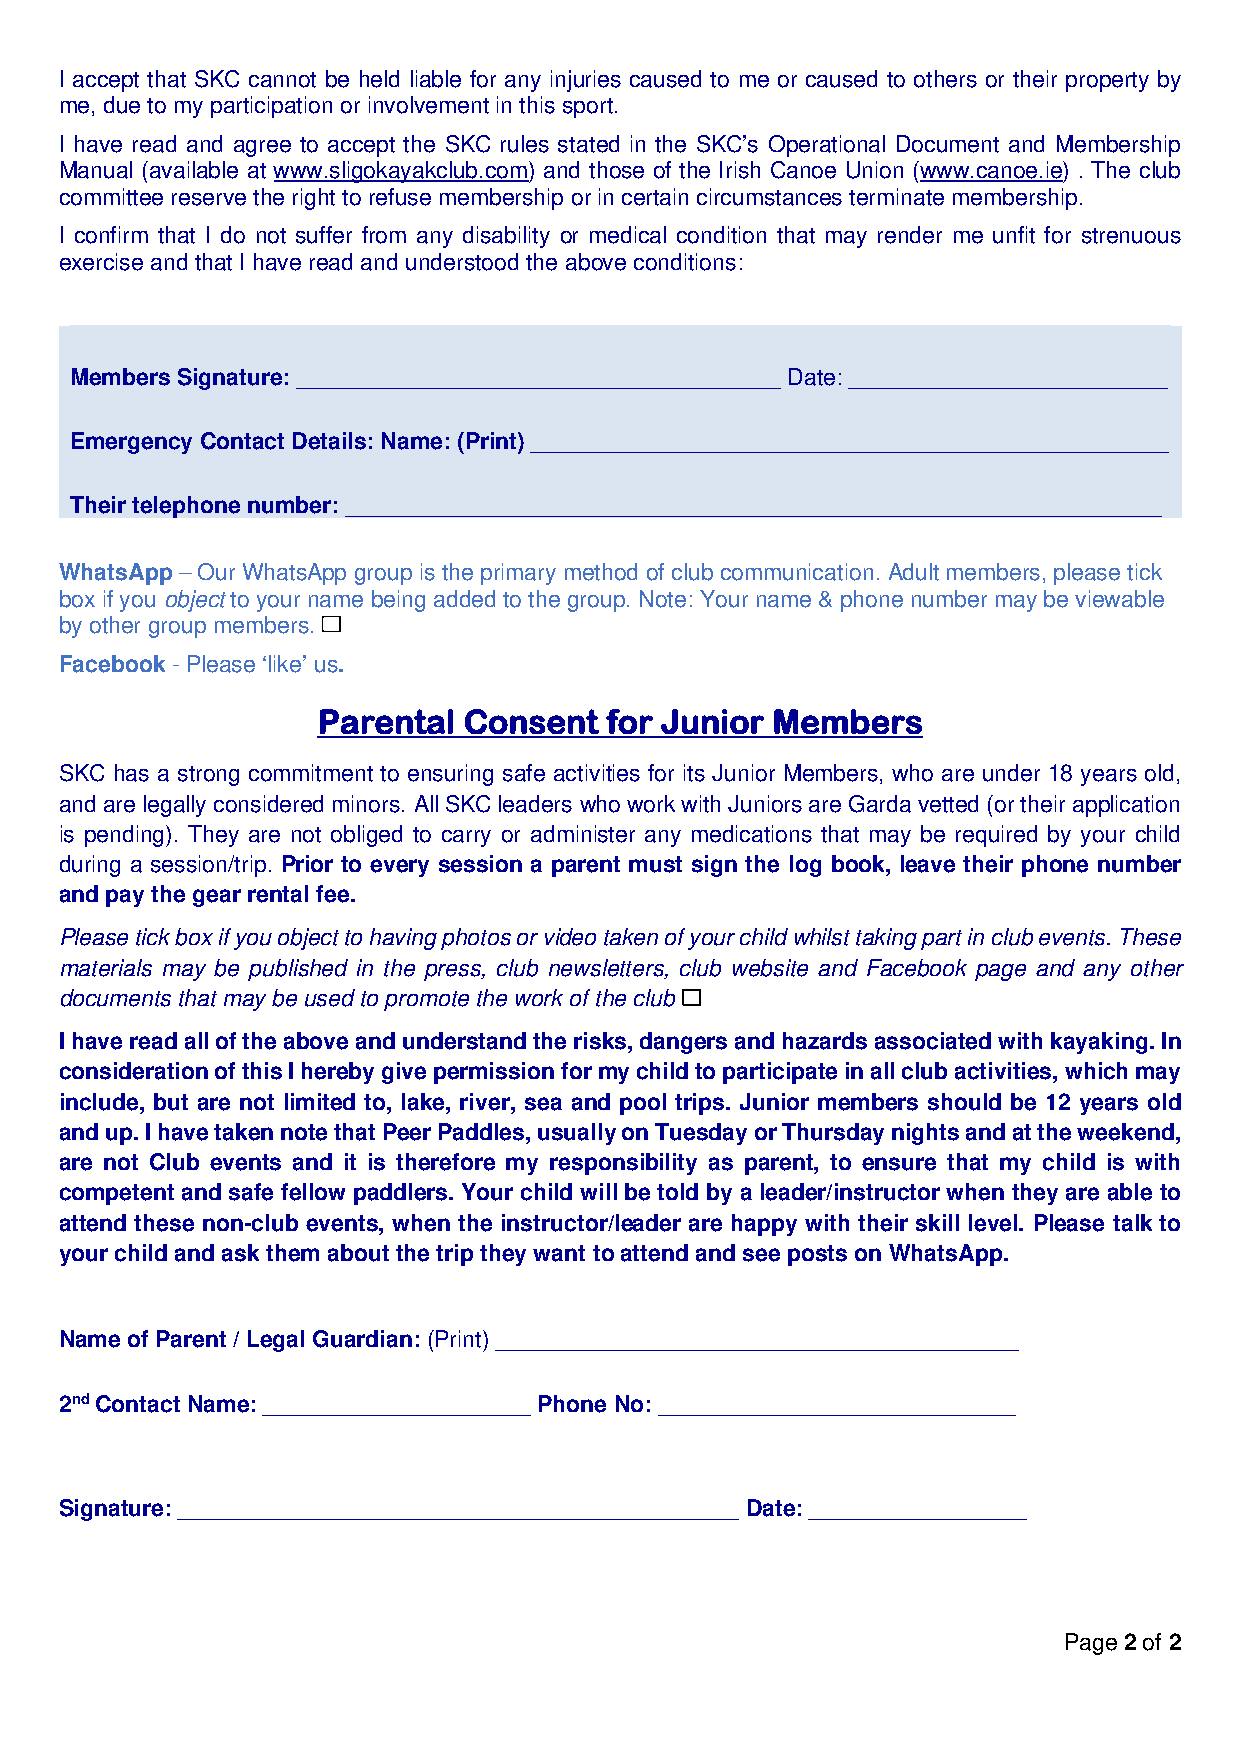
I accept that SKC cannot be held liable for any injuries caused to me or caused to others or their property by
 me, due to my participation or involvement in this sport.
 I have read and agree to accept the SKC rules stated in the SKC’s Operational Document and Membership
 Manual (available at www.sligokayakclub.com) and those of the Irish Canoe Union (www.canoe.ie) . The club
 committee reserve the right to refuse membership or in certain circumstances terminate membership.
 I confirm that I do not suffer from any disability or medical condition that may render me unfit for strenuous
 exercise and that I have read and understood the above conditions:
 Members Signature: ______________________________________ Date: _________________________
 Emergency Contact Details: Name: (Print) __________________________________________________
 Their telephone number: ________________________________________________________________
 WhatsApp – Our WhatsApp group is the primary method of club communication. Adult members, please tick
 box if you object to your name being added to the group. Note: Your name & phone number may be viewable
 by other group members.
 Facebook - Please ‘like’ us.
 Parental  Consent  for Junior Members
 SKC has a strong commitment to ensuring safe activities for its Junior Members, who are under 18 years old,
 and are legally considered minors. All SKC leaders who work with Juniors are Garda vetted (or their application
 is pending). They are not obliged to carry or administer any medications that may be required by your child
 during a session/trip. Prior to every session a parent must sign the log book, leave their phone number
 and pay the gear rental fee.
 Please tick box if you object to having photos or video taken of your child whilst taking part in club events. These
 materials may be published in the press, club newsletters, club website and Facebook page and any other
 documents that may be used to promote the work of the club
 I have read all of the above and understand the risks, dangers and hazards associated with kayaking. In
 consideration of this I hereby give permission for my child to participate in all club activities, which may
 include, but are not limited to, lake, river, sea and pool trips. Junior members should be 12 years old
 and up. I have taken note that Peer Paddles, usually on Tuesday or Thursday nights and at the weekend,
 are not Club events and it is therefore my responsibility as parent, to ensure that my child is with
 competent and safe fellow paddlers. Your child will be told by a leader/instructor when they are able to
 attend these non-club events, when the instructor/leader are happy with their skill level. Please talk to
 your child and ask them about the trip they want to attend and see posts on WhatsApp.
 Name of Parent / Legal Guardian: (Print) _________________________________________
 2nd Contact Name: _____________________ Phone No: ____________________________
 Signature: ____________________________________________ Date: _________________
 Page 2 of 2